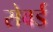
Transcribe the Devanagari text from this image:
सेवर्ड